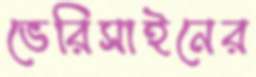
ভেরিসাইনের